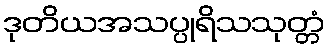
ဒုတိယအသပ္ပုရိသသုတ္တံ